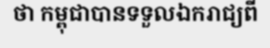
ថា កម្ពុជាបានទទួលឯករាជ្យពី